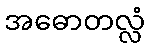
အဓောတလ္လံ